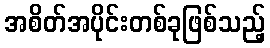
အစိတ်အပိုင်းတစ်ခုဖြစ်သည့်